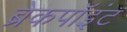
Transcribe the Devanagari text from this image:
ब्रेकपॉइंट